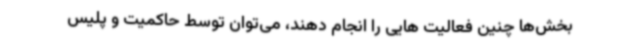
بخش‌ها چنین فعالیت هایی را انجام دهند، می‌توان توسط حاکمیت و پلیس